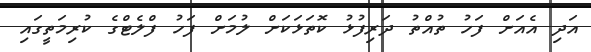
އަދި އެއަށް ފަހު ތުއްތު ދަރިފުޅު ކޮތަޅަކަށް ލުމަށް ފަހު ފްލެޓްގެ ކުރިމަތީގައި